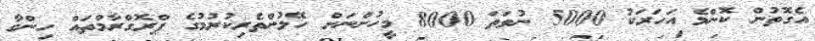
އެގޮތުން ކޮންމެ އަހަރަކު 5000 ނުވަތަ 8000 މީހުންނަށް ހޭލުންތެރިކުރުމުގެ ޕްރޮގްރާމްތައް ހިންގާ